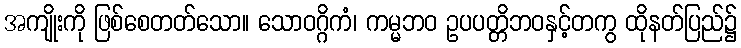
အကျိုးကို ဖြစ်စေတတ်သော။ သောဝဂ္ဂိကံ၊ ကမ္မဘဝ ဥပပတ္တိဘဝနှင့်တကွ ထိုနတ်ပြည်၌